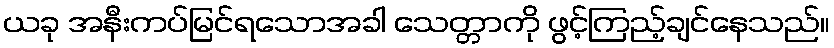
ယခု အနီးကပ်မြင်ရသောအခါ သေတ္တာကို ဖွင့်ကြည့်ချင်နေသည်။